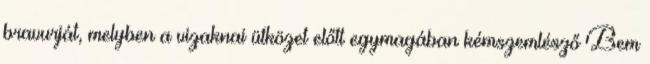
bravurját, melyben a vizaknai ütközet előtt egymagában kémszemlésző Bem